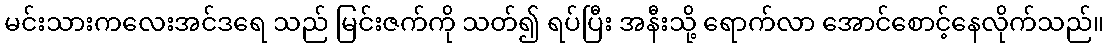
မင်းသားကလေးအင်ဒရေ သည် မြင်းဇက်ကို သတ်၍ ရပ်ပြီး အနီးသို့ ရောက်လာ အောင်စောင့်နေလိုက်သည်။